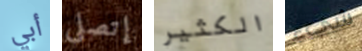
أبي إتصلي الكثير شيء